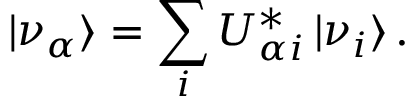
| \nu _ { \alpha } \rangle = \sum _ { i } U _ { { \alpha } i } ^ { * } \, | \nu _ { i } \rangle \, .